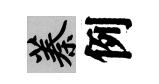
蓁例